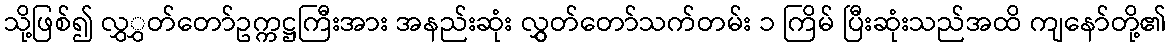
သို့ဖြစ်၍ လွှွှတ်တော်ဥက္ကဋ္ဌကြီးအား အနည်းဆုံး လွှွှတ်တော်သက်တမ်း ၁ ကြိမ် ပြီးဆုံးသည်အထိ ကျနော်တို့၏